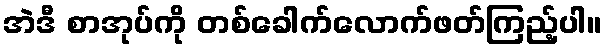
အဲဒီ စာအုပ်ကို တစ်ခေါက်လောက်ဖတ်ကြည့်ပါ။